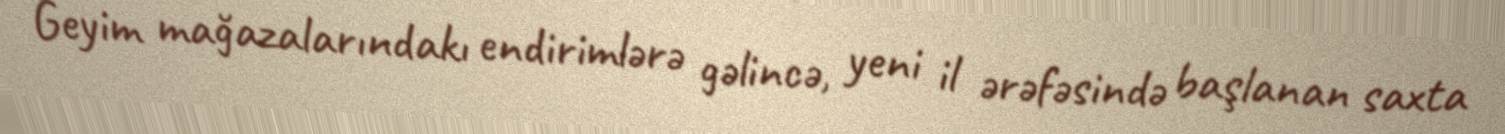
Geyim mağazalarındakı endirimlərə gəlincə, yeni il ərəfəsində başlanan saxta